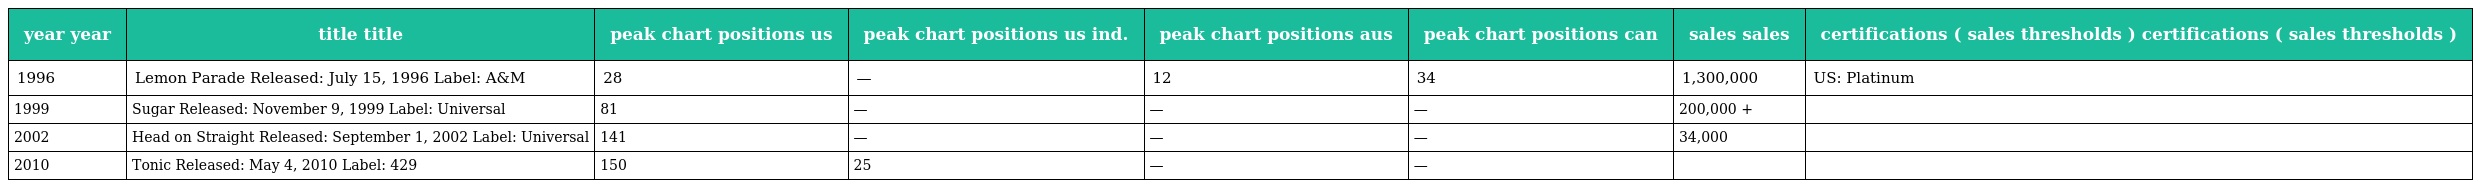
| year year | title title | peak chart positions us | peak chart positions us ind. | peak chart positions aus | peak chart positions can | sales sales | certifications ( sales thresholds ) certifications ( sales thresholds ) |
 | --- | --- | --- | --- | --- | --- | --- | --- |
 | 1996 | Lemon Parade Released: July 15, 1996 Label: A&M | 28 | — | 12 | 34 | 1,300,000 | US: Platinum |
 | 1999 | Sugar Released: November 9, 1999 Label: Universal | 81 | — | — | — | 200,000 + |  |
 | 2002 | Head on Straight Released: September 1, 2002 Label: Universal | 141 | — | — | — | 34,000 |  |
 | 2010 | Tonic Released: May 4, 2010 Label: 429 | 150 | 25 | — | — |  |  |